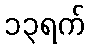
၁၃ရက်